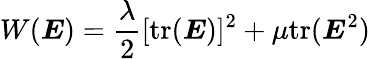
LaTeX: W({\boldsymbol{E}})={\frac{\lambda}{2}}[{\mathrm{tr}}({\boldsymbol{E}})]^{2}+\mu{\mathrm{tr}}({\boldsymbol{E}}^{2})